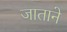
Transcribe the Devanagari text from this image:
जाताने